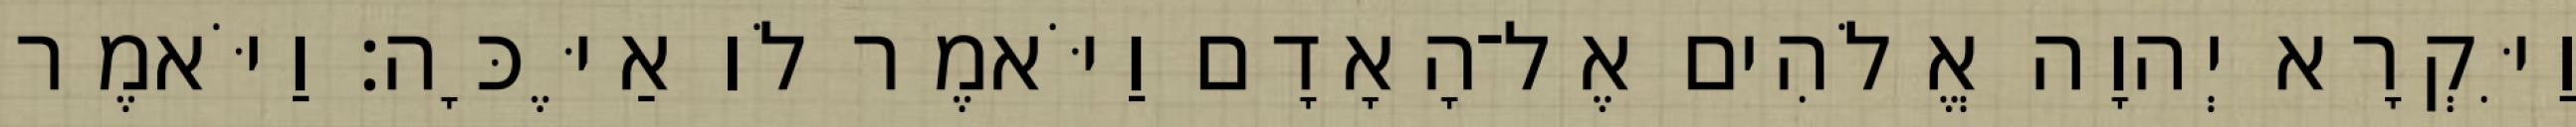
וַיִּקְרָא יְהוָה אֱלֹהִים אֶל־הָאָדָם וַיֹּאמֶר לֹו אַיֶּכָּה׃ וַיֹּאמֶר